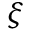
\xi